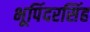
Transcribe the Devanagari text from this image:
भूपिंदरसिंह